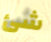
شئ